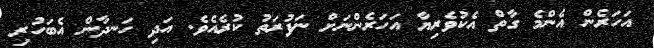
އަހަރެން އެންމެ ގާތް އެކުވެރިޔާ އަހަރެންނަށް ނަފުރަތު ކުރެއެވެ. އަދި ހަނދާން އެބަހުރި